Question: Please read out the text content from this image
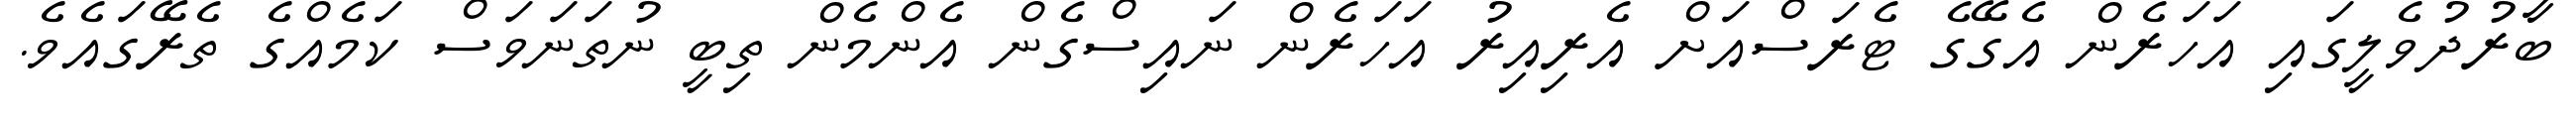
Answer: ބާރުދުވެލީގައި އަހަރެން އެގޭގެ ޓެރަސްއަށް އެރިއިރު އަހަރެން ނައިސްގެން އެންމެން ތިބީ ނުތަނަވަސް ކަމެއްގެ ތެރޭގައެވެ.